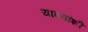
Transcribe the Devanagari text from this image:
यादवांशी